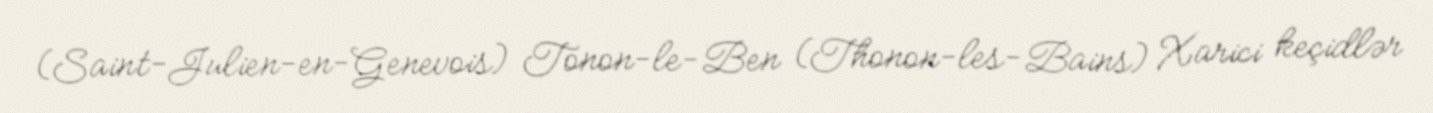
(Saint-Julien-en-Genevois) Tonon-le-Ben (Thonon-les-Bains) Xarici keçidlər